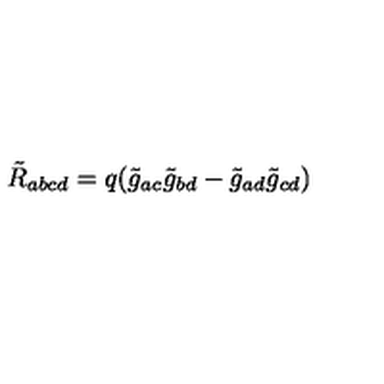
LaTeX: \tilde { R } _ { a b c d } = q ( \tilde { g } _ { a c } \tilde { g } _ { b d } - \tilde { g } _ { a d } \tilde { g } _ { c d } )